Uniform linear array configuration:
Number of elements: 64
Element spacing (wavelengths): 0.75
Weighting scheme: hann
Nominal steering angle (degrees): -30
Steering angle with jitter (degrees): -29.604
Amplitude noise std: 0.05
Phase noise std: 0.05

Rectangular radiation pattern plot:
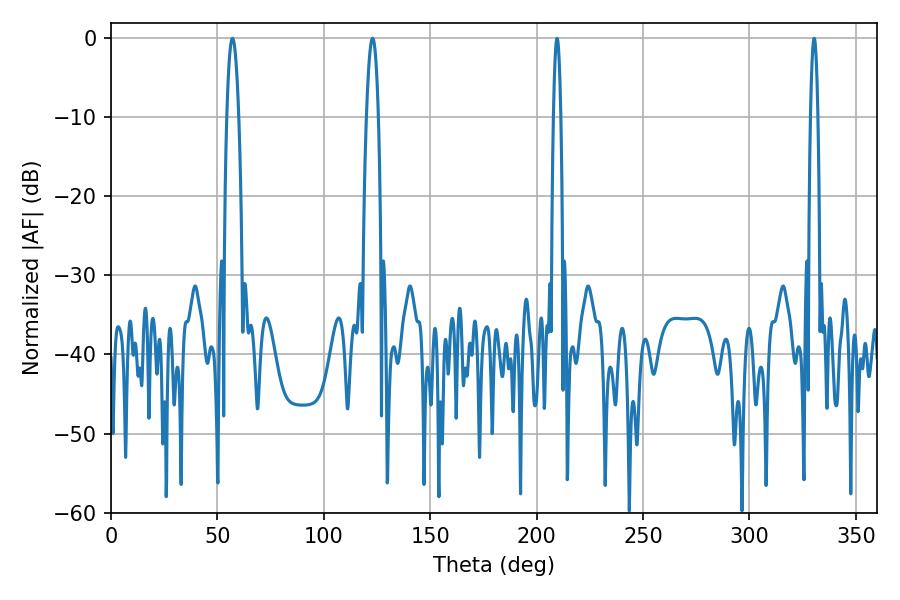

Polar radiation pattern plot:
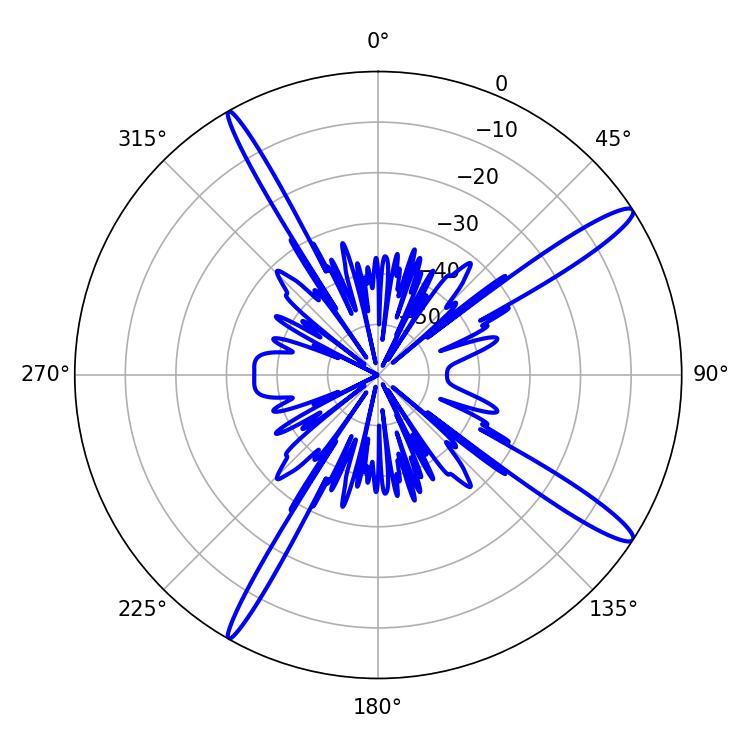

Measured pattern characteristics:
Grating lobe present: TRUE
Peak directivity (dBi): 15.051
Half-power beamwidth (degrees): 3.06
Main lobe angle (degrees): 57.06